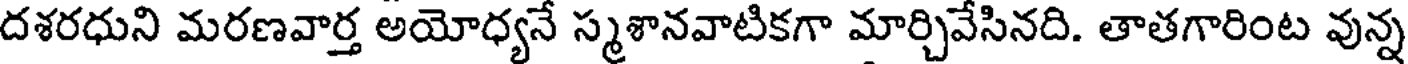
దశరధుని మరణవార్త అయోధ్యనే స్మశానవాటికగా మార్చివేసినది. తాతగారింట వున్న